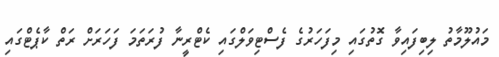
މައުލޫމާތު ލިބިފައިވާ ގޮތުގައި މިފަހަރުގެ ފެސްޓިވަލްގައި ކެޓްރީނާ ފުރަތަމަ ފަހަރަށް ރަތް ކާޕެޓްގައި